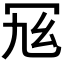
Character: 𠖂